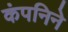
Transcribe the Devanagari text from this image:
कंपनिने